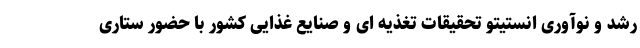
رشد و نوآوری انستیتو تحقیقات تغذیه ای و صنایع غذایی کشور با حضور ستاری